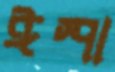
ঈস্পা